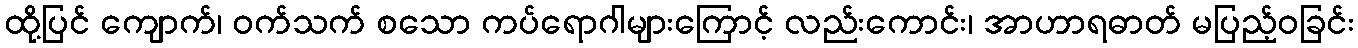
ထို့ပြင် ကျောက်၊ ဝက်သက် စသော ကပ်ရောဂါများကြောင့် လည်းကောင်း၊ အာဟာရဓာတ် မပြည့်ဝခြင်း